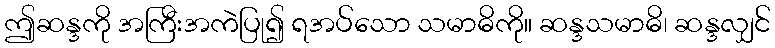
ဤဆန္ဒကို အကြီးအကဲပြု၍ ရအပ်သော သမာဓိကို။ ဆန္ဒသမာဓိ၊ ဆန္ဒလျှင်